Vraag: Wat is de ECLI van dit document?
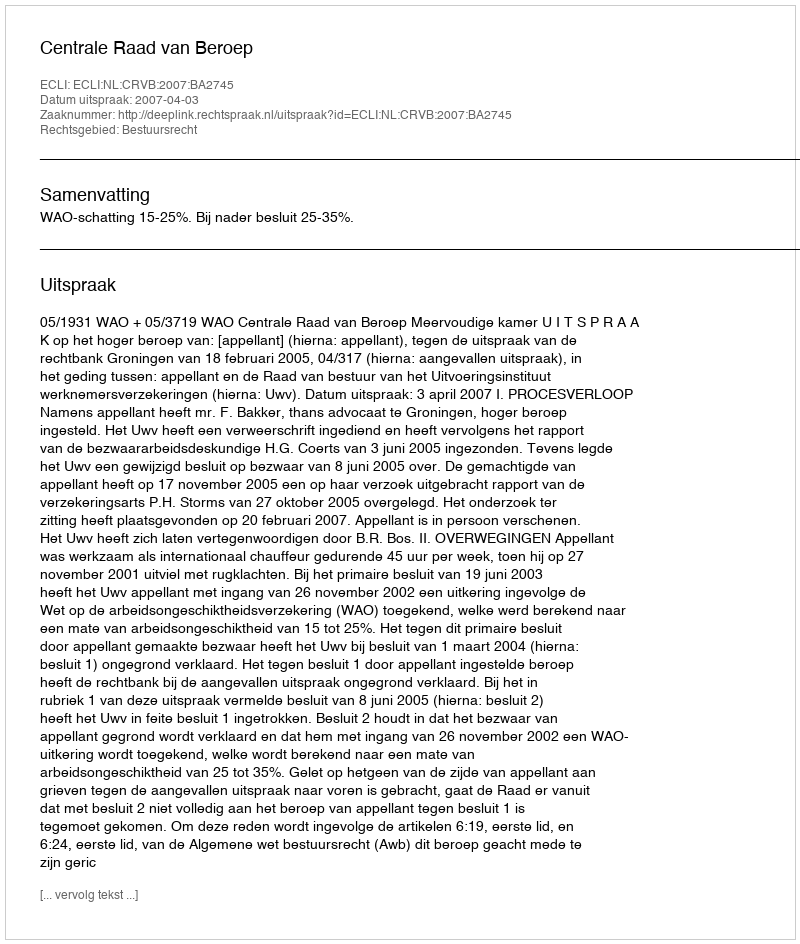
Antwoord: ECLI:NL:CRVB:2007:BA2745